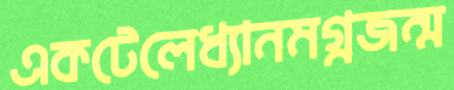
একটেলেধ্যানমগ্নজন্ম